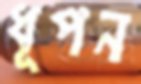
ধূপন